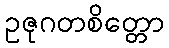
ဥဇုဂတစိတ္တော